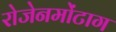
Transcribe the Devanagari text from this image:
रोजेनमोंटाग